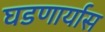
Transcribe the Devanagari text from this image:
घडणार्यास